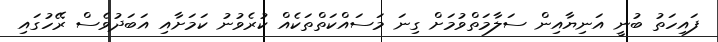
ފައިހަތު ބުނީ އަނިޔާއިން ސަލާމަތްވުމަށް ގިނަ މަސައްކަތްތަކެއް ކުރެވުނު ކަމަށާއި އަބަދުވެސް ރޭހުގައި